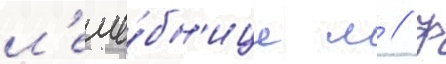
л'ече́бн'ице м // Ф